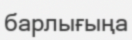
барлығыңа